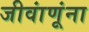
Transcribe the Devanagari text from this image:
जीवांणूंना